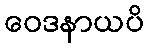
ဝေဒနာယပိ